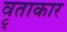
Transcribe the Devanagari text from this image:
वृ्ताकार